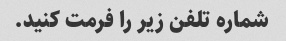
شماره تلفن زیر را فرمت کنید.